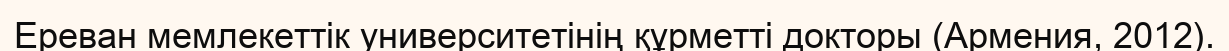
Ереван мемлекеттік университетінің құрметті докторы (Армения, 2012).